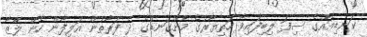
ކަނޑިއެއްގެ ސިފަ ލިބިފައިވާ ހަތިޔާރުގެ މުށްގަނޑުގެ ދެ ފަރާތުން އަލިފާން ހެން ލޭޒާ